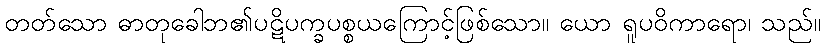
တတ်သော ဓာတုခေါဘ၏ပဋိပက္ခပစ္စယကြောင့်ဖြစ်သော။ ယော ရူပဝိကာရော၊ သည်။